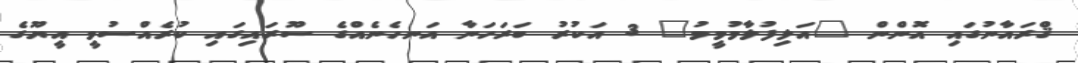
ޤްރައާނުގައި އޮންން "އަލިފުލާމުމީމު" 3 އަކުރު ބަރަހަނާ އަނހެނެއްގެ ސޫރައިގައި ކުރެއްސުވީ އީޔޫގެ